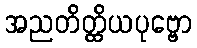
အညတိတ္ထိယပုဗ္ဗော